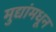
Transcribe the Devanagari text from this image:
मुद्यांमधून